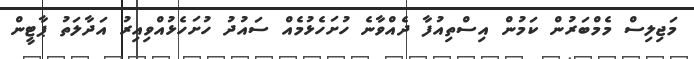
މަޖިލިސް މެމްބަރުން ކަމުން އިސްތިއުފާ ދެއްވާނެ ހުށަހެޅުމެއް ސައުދު ހުށަހެޅުއްވިއިރު އަދާލަތު ޕާޓީން